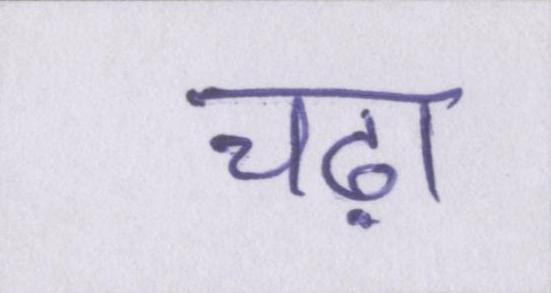
चढ़ा